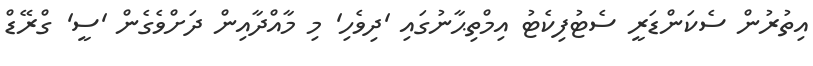
އިތުރުން ސެކަންޑަރީ ސެޓުފިކެޓު އިމްތިޙާނުގައި 'ދިވެހި' މި މާއްދާއިން ދަށްވެގެން 'ސީ' ގްރޭޑް